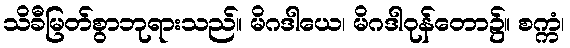
သိခီမြတ်စွာဘုရားသည်။ မိဂဒါယေ၊ မိဂဒါဝုန်တော၌။ စက္ကံ၊